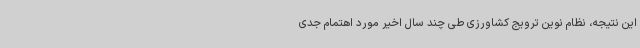
این نتیجه، نظام نوین ترویج کشاورزی طی چند سال اخیر مورد اهتمام جدی